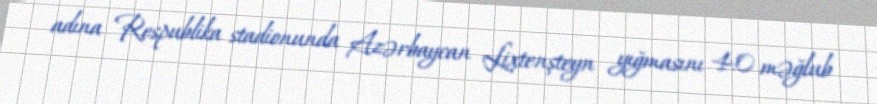
adına Respublika stadionunda Azərbaycan Lixtenşteyn yığmasını 4:0 məğlub